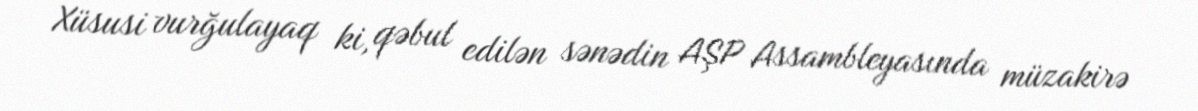
Xüsusi vurğulayaq ki, qəbul edilən sənədin AŞP Assambleyasında müzakirə